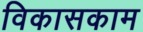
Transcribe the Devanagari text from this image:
विकासकाम